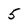
Character: 5